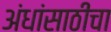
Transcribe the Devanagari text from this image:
अंधांसाठीचा